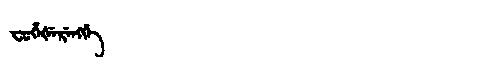
Manchu: ᠸᡠᡥᡝᡧᡝᡵᡝᠩᡤᡝ
Romanization: FUHEŠERENGGE